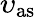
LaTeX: \upsilon_{\mathrm{as}}